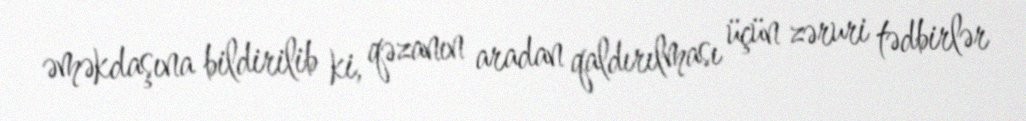
əməkdaşına bildirilib ki, qəzanın aradan qaldırılması üçün zəruri tədbirlər